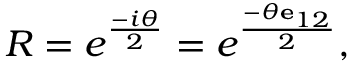
R = e ^ { \frac { - i \theta } { 2 } } = e ^ { \frac { - \theta \mathbf { e } _ { 1 2 } } { 2 } } ,